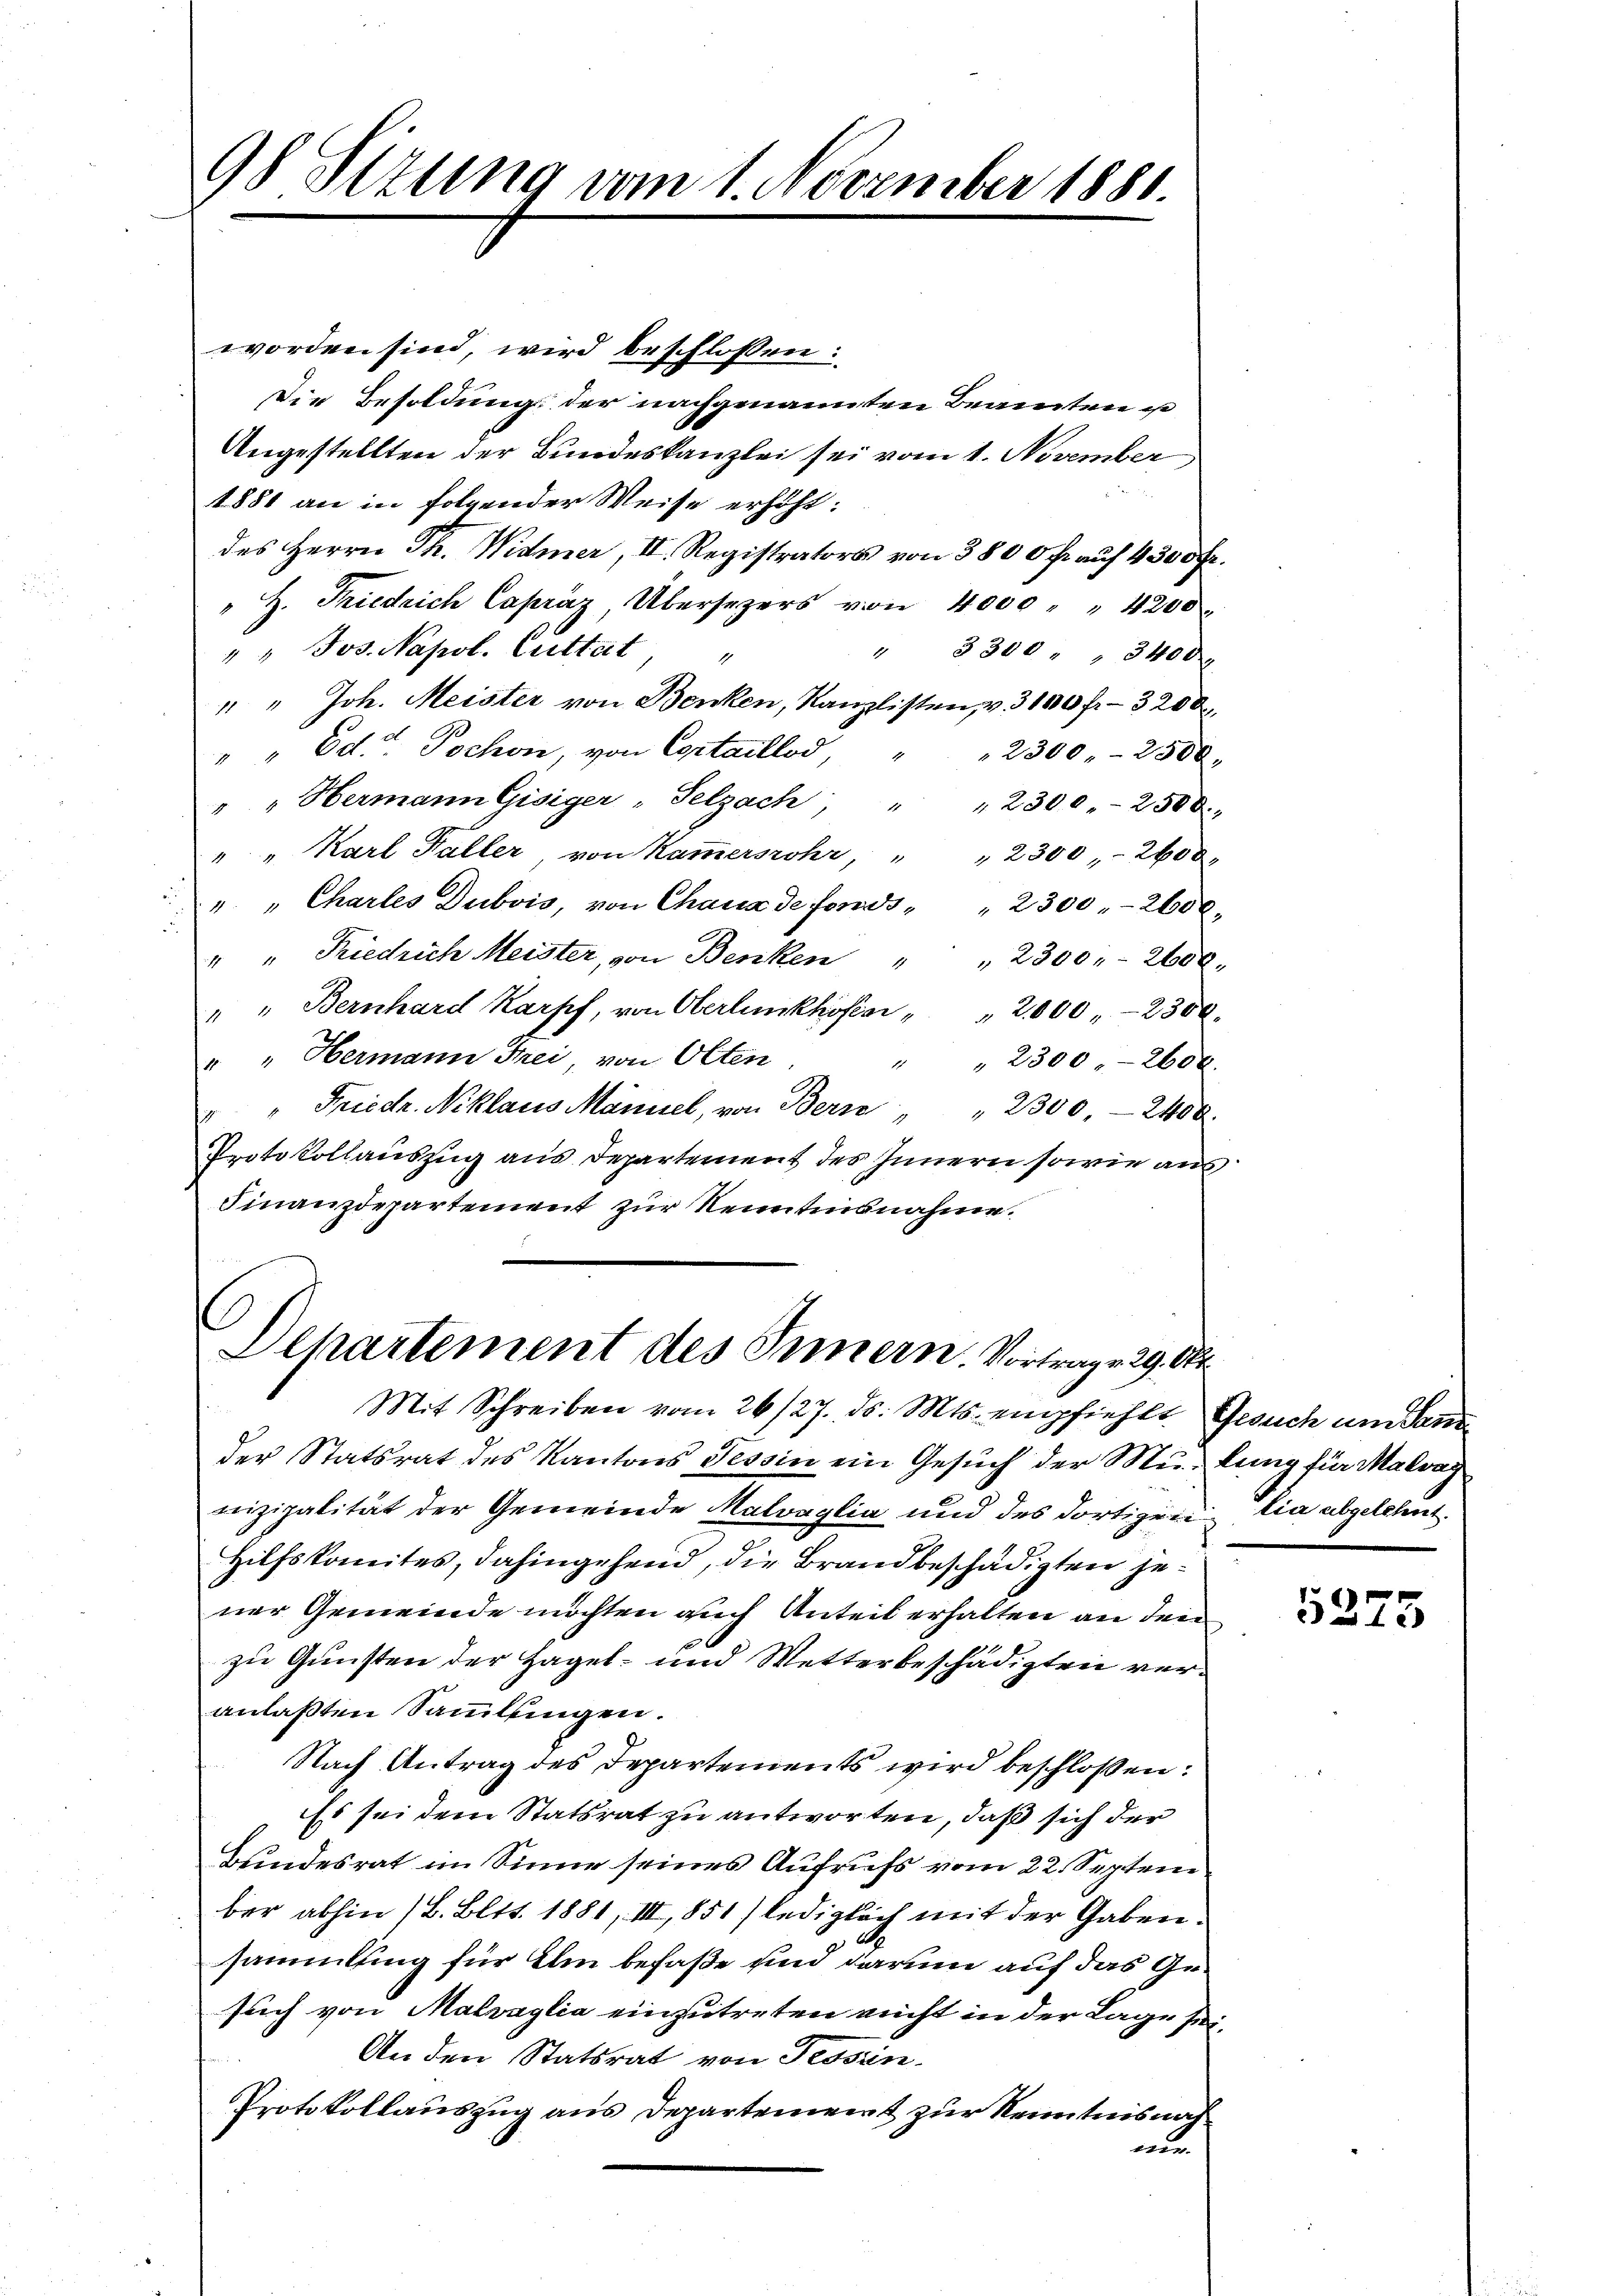
98 Sizung vom 1. November 1881.

worden sind, wird beschlossen:
Die Besoldung der nachgenannten Beamten u
Angestellten der Bundeskanzlei sei vom 1. November
1881 an in folgender Weise erhöht:
des Herrn Th. Widmer, II. Registrators von 3800 fr. aŭf 4300 Fr.
"H. Friedrich Capráz, Übersezers von 4000 " " 4200
" " Jos. Napol. Guttat
" 3300 " " 3400
1
" " Joh. Meister von Benken, Kanzlisten, v. 3100 fr. 3200
" " Ed. Pochon, von Cortaillod,
2300. - 2500.
" " Hermann Gisiger " Pelzach " " 2300.- 2500.
" " Karl Haller, von Kammersrohr, "
" 2300 - 2600.
" " Charles Dubois, von Chaux de fonds " " 2300 " 2600
" " Friedrich Meister, von Benken "
" 2300:- 2602.
" " Bernhard Karpf, von Oberlŭnkhöfer " " 2000-2300.
" " Hermann Frei, von Olten
" " 2300.- 2600.
" " Friedr. Niklaus Mannel, von Bern " " 2300. - 2400.
Protokollauszug aus Departement des Innern sowie aus
Finanzdepartement zur Kenntnisnahme.

Departement des Innern. Vortrage 29. Okt.
Mit Schreiben vom 26/27. ds. Mts. empfiehlt. Gesuch um den

der Statsrat des Kantons Tessin ein Gesuch der Mu- lung für Malvay
nizipalität der Gemeinde Malvaglia und des dortigen lia abgelehnt
Hilfskomites, dahingehend, die Brandbeschädigten jener Gemeinde möchten auch Anteil erhalten an den
zu Gunsten der Hagel- und Wetterbeschädigten veranlaßten Sammlungen.
Nach Antrag des Departements wird beschlossen:
Es sei dem Statsrat zu antworten, daß sich der
Bundesrat im Sinne seines Aufrufs vom 22. Septem
ber abhin (B. Blts. 1881, III, 1851) lediglich mit der Gabensammlung für Ihm befaße und darum auf das Gesuch von Malvaglia einzutreten nicht in der Lage sei
An den Statsrat von Tessin
Protokollauszug aus Departement zur Kenntnis nach
nur.

5275